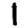
Digit: 1